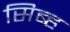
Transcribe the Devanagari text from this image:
सिब्ह